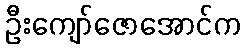
ဦးကျော်ဇောအောင်က